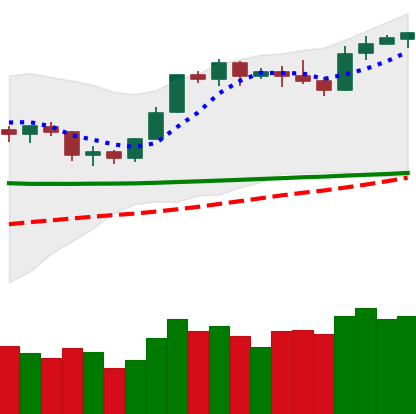
Ticker: BTC-USD
Chart end date: 2020-02-08
Forward return: 3.54%
Label: up_3_5